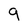
Character: 9